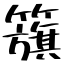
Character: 籏